Report of the Indian Hemp Drugs Commission, 1894-1895 - Volume VII
Year: 1894
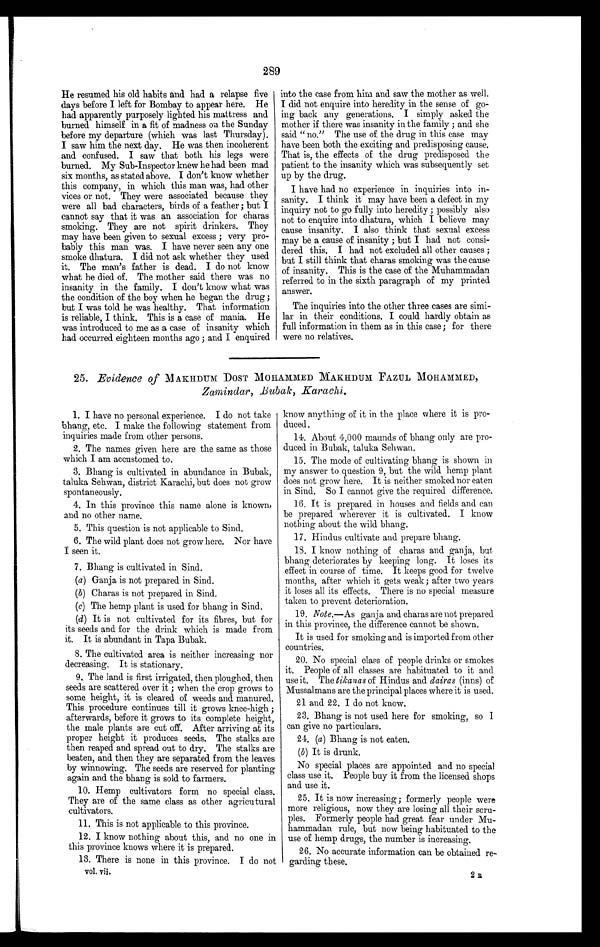
289
He resumed his old habits and had a relapse five
days before I left for Bombay to appear here. He
had apparently purposely lighted his mattress and
burned himself in a fit of madness on the Sunday
before my departure (which was last Thursday).
I saw him the next day. He was then incoherent
and confused. I saw that both his legs were
burned. My Sub-Inspector knew he had been mad
six months, as stated above. I don't know whether
this company, in which this man was, had other
vices or not. They were associated because they
were all bad characters, birds of a feather; but I
cannot say that it was an association for charas
smoking. They are not spirit drinkers. They
may have been given to sexual excess; very pro-
bably this man was, I have never seen any one
smoke dhatura. I did not ask whether they used
it. The man's father is dead. I do not know
what he died of. The mother said there was no
insanity in the family. I don't know what was
the condition of the boy when he began the drug;
but I was told he was healthy. That information
is reliable, I think. This is a case of mania. He
was introduced to me as a case of insanity which
had occurred eighteen months ago; and I enquired
into the case from him and saw the mother as well.
I did not enquire into heredity in the sense of go-
ing back any generations. I simply asked the
mother if there was insanity in the family; and she
said "no." The use of the drug in this case may
have been both the exciting and predisposing cause.
That is, the effects of the drug predisposed the
patient to the insanity which was subsequently set
up by the drug.
I have had no experience in inquiries into in-
sanity. I think it may have been a defect in my
inquiry not to go fully into heredity; possibly also
not to enquire into dhatura, which I believe may
cause insanity. I also think that sexual excess
may be a cause of insanity; but I had not consi-
dered this. I had not excluded all other causes;
but I still think that charas smoking was the cause
of insanity. This is the case of the Muhammadan
referred to in the sixth paragraph of my printed
answer.
The inquiries into the other three cases are simi-
lar in their conditions. I could hardly obtain as
full information in them as in this case; for there
were no relatives.
25. Evidence of MAKHDUM DOST MOHAMMED MAKHDUM FAZUL MOHAMMED,
Zamindar , Bubak , Karachi.
1. I have no personal experience. I do not take
bhang, etc. I make the following statement from
inquiries made from other persons.
2. The names given here are the same as those
which I am accustomed to.
3. Bhang is cultivated in abundance in Bubak,
taluka Sehwan, district Karachi, but does not grow
spontaneously.
4. In this province this name alone is known,
and no other name.
5. This question is not applicable to Sind.
6. The wild plant does not grow here. Nor have
I seen it.
7. Bhang is cultivated in Sind.
(a ) Ganja is not prepared in Sind.
(b) Charas is not prepared in Sind.
(c) The hemp plant is used for bhang in Sind.
(d) It is not cultivated for its fibres, but for
its seeds and for the drink which is made from
it. It is abundant in Tapa Bubak.
8. The cultivated area is neither increasing nor
decreasing. It is stationary.
9. The land is first irrigated, then ploughed, then
seeds are scattered over it; when the crop grows to
some height, it is cleared of weeds and manured.
This procedure continues till it grows knee-high;
afterwards, before it grows to its complete height,
the male plants are cut off. After arriving at its
proper height it produces seeds. The stalks are
then reaped and spread out to dry. The stalks are
beaten, and then they are separated from the leaves
by winnowing. The seeds are reserved for planting
again and the bhang is sold to farmers.
10. Hemp cultivators form no special class.
They are of the same class as other agricutural
cultivators.
11. This is not applicable to this province.
12. I know nothing about this, and no one in
this province knows where it is prepared.
13. There is none in this province. I do not
know anything of it in the place where it is pro-
duced.
14. About 4,000 maunds of bhang only are pro-
-duced in Bubak, taluka Sehwan.
15. The mode of cultivating bhang is shown in
my answer to question 9 , but the wild hemp plant
does not grow here. It is neither smoked nor eaten
in Sind. So I cannot give the required difference.
16. It is prepared in houses and fields and can
be prepared wherever it is cultivated. I know
nothing about the wild bhang.
17. Hindus cultivate and prepare bhang.
18. I know nothing of charas and ganja, but
bhang deteriorates by keeping long. It loses its
effect in course of time. It keeps good for twelve
months, after which it gets weak; after two years
it loses all its effects. There is no special measure
taken to prevent deterioration.
19. Note.—As ganja and charas are not prepared
in this province, the difference cannot be shown.
It is used for smoking and is imported from other
countries.
20. No special class of people drinks or smokes
it. People of all classes are habituated to it and
use it. The tikanas of Hindus and dairas (inns) of
Mussalmans are the principal places where it is used.
21 and 22. I do not know.
23. Bhang is not used here for smoking, so I
can give no particulars.
24.
(a ) Bhang is not eaten
.
( b) It is drunk.
No special places are appointed and no special
class use it. People buy it from the licensed shops
and use it.
25. I t is now increasing; formerly people were
more religious, now they are losing all their
scru-ples. Formerly people had great fear under Mu-
hammadan rule, but now being habituated to the
use of hemp drugs, the number is increasing.
26. No accurate information can be obtained re-
garding these.
vol. vii.
2 R